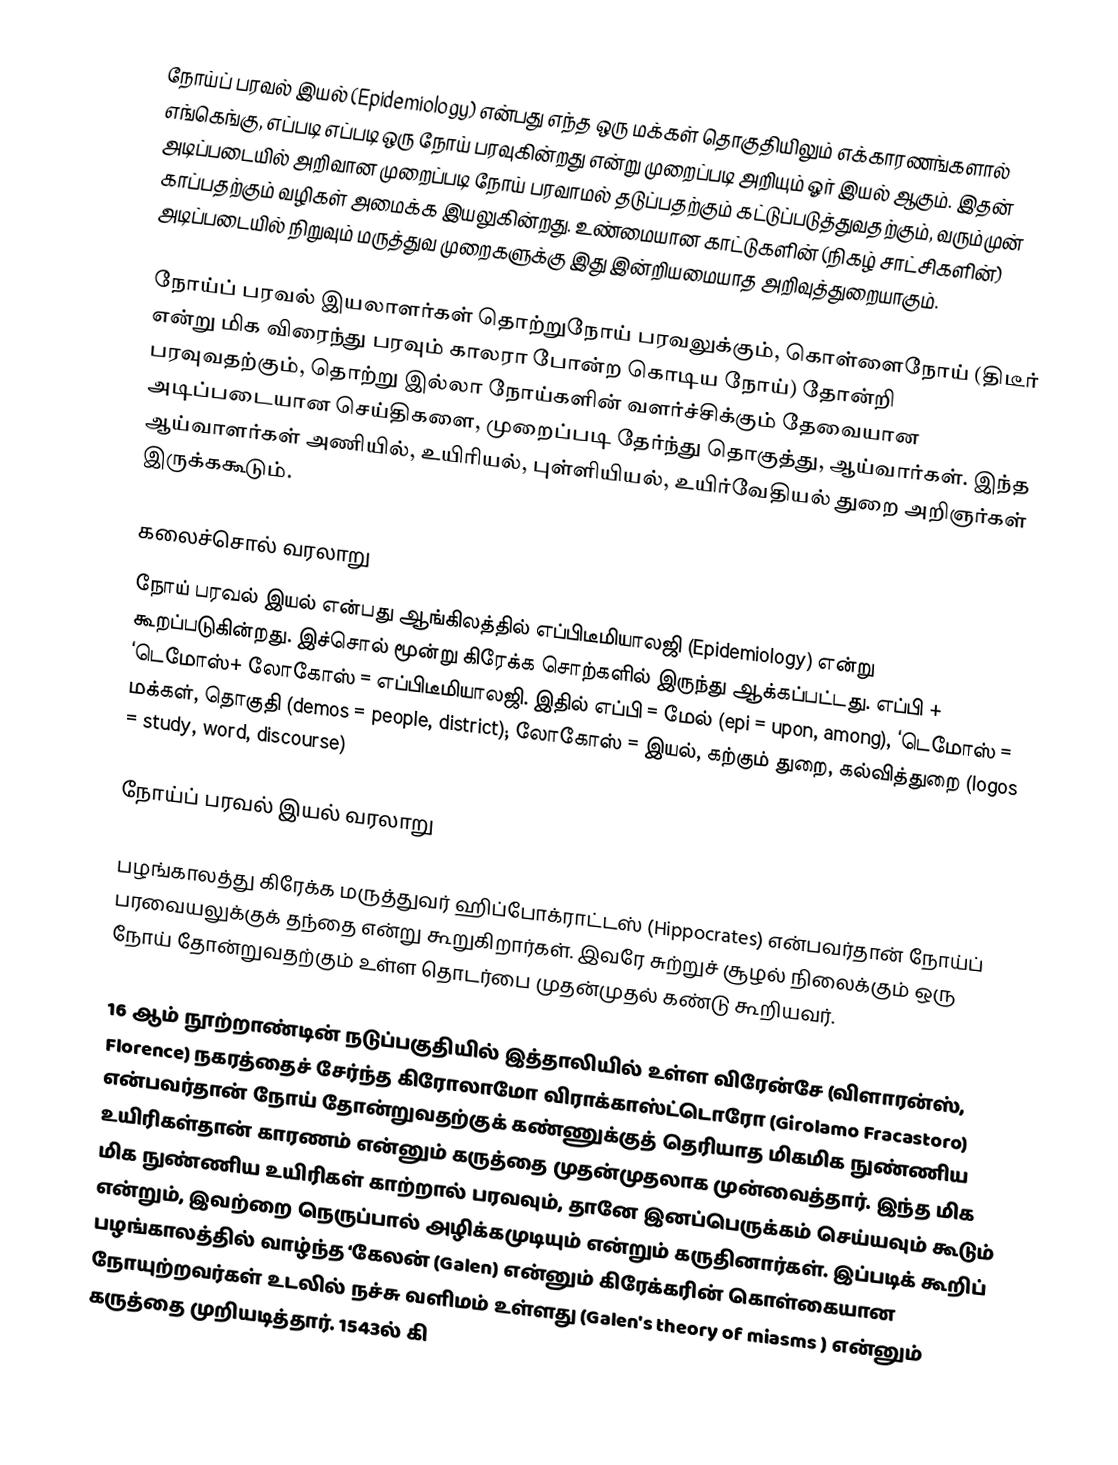
நோய்ப் பரவல் இயல் (Epidemiology) என்பது எந்த ஒரு மக்கள் தொகுதியிலும் எக்காரணங்களால் எங்கெங்கு, எப்படி எப்படி ஒரு நோய் பரவுகின்றது என்று முறைப்படி அறியும் ஓர் இயல் ஆகும். இதன் அடிப்படையில் அறிவான முறைப்படி நோய் பரவாமல் தடுப்பதற்கும் கட்டுப்படுத்துவதற்கும், வரும்முன் காப்பதற்கும் வழிகள் அமைக்க இயலுகின்றது. உண்மையான காட்டுகளின் (நிகழ் சாட்சிகளின்) அடிப்படையில் நிறுவும் மருத்துவ முறைகளுக்கு இது இன்றியமையாத அறிவுத்துறையாகும்.

நோய்ப் பரவல் இயலாளர்கள் தொற்றுநோய் பரவலுக்கும், கொள்ளைநோய் (திடீர் என்று மிக விரைந்து பரவும் காலரா போன்ற கொடிய நோய்) தோன்றி பரவுவதற்கும், தொற்று இல்லா நோய்களின் வளர்ச்சிக்கும் தேவையான அடிப்படையான செய்திகளை, முறைப்படி தேர்ந்து தொகுத்து, ஆய்வார்கள். இந்த ஆய்வாளர்கள் அணியில், உயிரியல், புள்ளியியல், உயிர்வேதியல் துறை அறிஞர்கள் இருக்ககூடும்.

கலைச்சொல் வரலாறு
நோய் பரவல் இயல் என்பது ஆங்கிலத்தில் எப்பிடீமியாலஜி (Epidemiology) என்று கூறப்படுகின்றது. இச்சொல் மூன்று கிரேக்க சொற்களில் இருந்து ஆக்கப்பட்டது. எப்பி + ‘டெமோஸ்+ லோகோஸ் = எப்பிடீமியாலஜி. இதில் எப்பி = மேல் (epi = upon, among), ‘டெமோஸ் = மக்கள், தொகுதி (demos = people, district); லோகோஸ் = இயல், கற்கும் துறை, கல்வித்துறை (logos = study, word, discourse)

நோய்ப் பரவல் இயல் வரலாறு

பழங்காலத்து கிரேக்க மருத்துவர் ஹிப்போக்ராட்டஸ் (Hippocrates) என்பவர்தான் நோய்ப் பரவையலுக்குக் தந்தை என்று கூறுகிறார்கள். இவரே சுற்றுச் சூழல் நிலைக்கும் ஒரு நோய் தோன்றுவதற்கும் உள்ள தொடர்பை முதன்முதல் கண்டு கூறியவர்.

16 ஆம் நூற்றாண்டின் நடுப்பகுதியில் இத்தாலியில் உள்ள விரேன்சே (விளாரன்ஸ், Florence) நகரத்தைச் சேர்ந்த கிரோலாமோ விராக்காஸ்ட்டொரோ (Girolamo Fracastoro) என்பவர்தான் நோய் தோன்றுவதற்குக் கண்ணுக்குத் தெரியாத மிகமிக நுண்ணிய உயிரிகள்தான் காரணம் என்னும் கருத்தை முதன்முதலாக முன்வைத்தார். இந்த மிக மிக நுண்ணிய உயிரிகள் காற்றால் பரவவும், தானே இனப்பெருக்கம் செய்யவும் கூடும் என்றும், இவற்றை நெருப்பால் அழிக்கமுடியும் என்றும் கருதினார்கள். இப்படிக் கூறிப் பழங்காலத்தில் வாழ்ந்த ‘கேலன் (Galen) என்னும் கிரேக்கரின் கொள்கையான நோயுற்றவர்கள் உடலில் நச்சு வளிமம் உள்ளது (Galen's theory of miasms ) என்னும் கருத்தை முறியடித்தார். 1543ல் கி